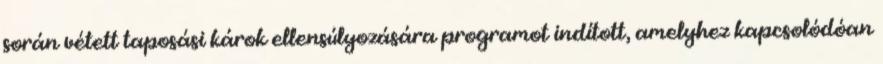
során vétett taposási károk ellensúlyozására programot indított, amelyhez kapcsolódóan